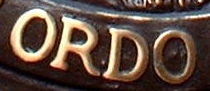
ORDO